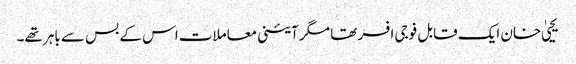
یحییٰ خان ایک قابل فوجی افسر تھا مگر آئینی معاملات اس کے بس سے باہر تھے۔